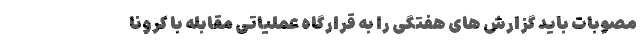
مصوبات باید گزارش های هفتگی را به قرارگاه عملیاتی مقابله با کرونا